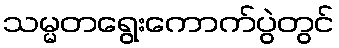
သမ္မတရွေးကောက်ပွဲတွင်